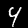
Label: 4